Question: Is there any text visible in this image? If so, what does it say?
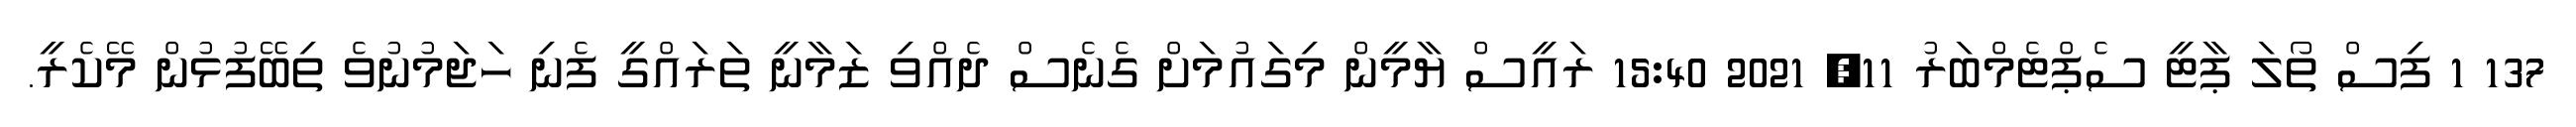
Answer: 137 1 ފިސް ތޯލަ ޕާޓީ ސެޕްޓެމްބަރު 11, 2021 15:40 ރައީސް ޔާމީން މިގައުމަށް ގެނެސް ދެއްވި ޒަމާނީ ތަރައްގީ ފެނި ހަޖަމުނުވެ ތިބޭފުޅުން މޭކެރީ.